Vaccination in Burma 1889-1999 - 1889-1999
Year: 1889
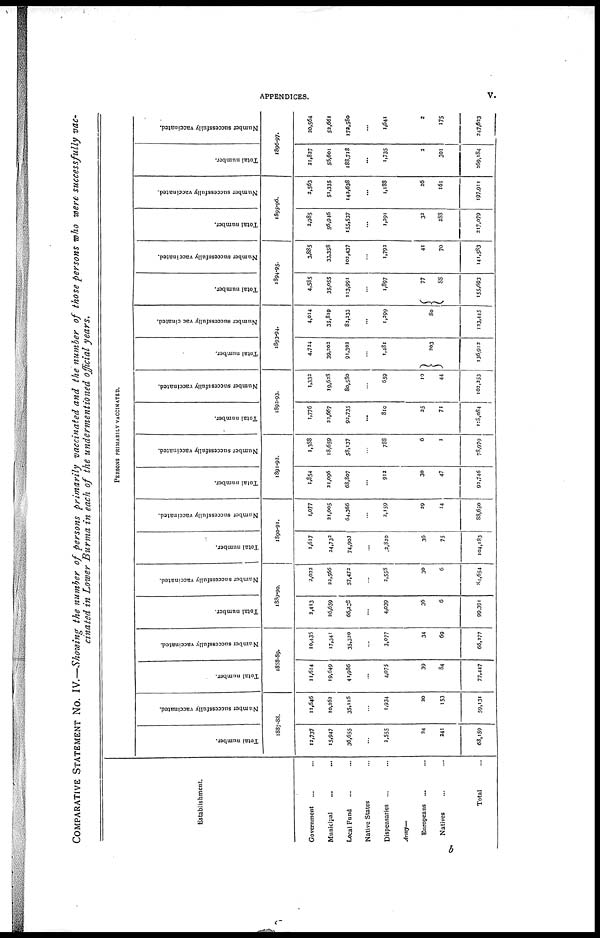
APPENDICES.
v.
COMPARATIVE STATEMENT NO. IV.—Showing the number of persons primarily vaccinated and the number of those persons who were successfully vac-
cinated in Lower Burma in each of the undermentioned official years.
Establishment.
Government ... ...
Municipal
... ...
Local Fund ... ...
Native States ... ...
Dispensaries ... ...
Army—
Europeans ... ...
Natives ...
Total ...
PERSONS PRIMARILY VACCINATED.
Total number.
Number successfully vaccinated.
1887-88.
12,737
15,947
36,655
...
2,555
24
241
68,159
11,646
10,262
35,116
...
1,934
20
153
59,131
Total number.
Number successfully vaccinated.
1888-89.
11,614
19,649
41,986
...
4,075
39
84
77,447
10,435
17,341
35,320
...
3,077
34
69
66,277
Total number.
Number successfully vaccinated.
1889-90.
2,413
26,659
66,238
...
4,039
36
6
99,391
2,022
22,566
57,473
...
2,558
30
6
84,654
Total number.
Number successfully vaccinated.
1890-91.
1,617
24,732
74,903
...
12,820
36
75
104,183
1,077
21,005
64,366
...
2,159
29
14
88,650
Total number.
Number successfully vaccinated.
1891-92.
1,854
21,006
68,807
...
912
30
47
92,746
1,388
18,659
58,137
...
788
6
1
78,970
Total number.
Number successfully vaccinated.
1892-93.
1,776
22,667
93,735
...
810
25
71
118,084
1,333
19,628
80,530
...
659
10
44
102,253
Total number.
Number successfully vaccinated.
1893-94.
4,724
39,202
91,302
...
1,481
203
136,912
4,014
35,819
82,233
...
1,299
80
123,445
Total number.
Number successfully vaccinated.
1894-95.
4,585
35,055
113,991
...
1,897
77
88
155,693
3,885
33,358
102,437
...
1,792
41
70
141,583
Total number.
Number successfully vaccinated.
1895-96.
2,985
56,946
155,537
...
1,291
32
288
217,079
2,563
51,335
142,638
...
1,188
26
161
197,911
Total number.
Number successfully vaccinated.
1896-97.
21,827
56,601
188,718
...
1,735
2
301
269,184
20,564
52,661
172,580
...
1,641
2
175
247,623
b